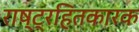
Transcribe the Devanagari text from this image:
राष्ट्रहितकारक